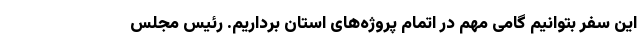
این سفر بتوانیم گامی مهم در اتمام پروژه‌های استان برداریم. رئیس مجلس